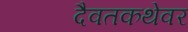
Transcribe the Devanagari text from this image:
दैवतकथेवर